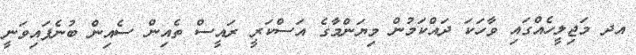
އދ މަޖިލީހެއްގައި ވާހަކަ ދައްކަމުން މިޔަންމާގެ އަސްކަރީ ރައީސް ތެއިން ސެއިން ބުނެފައިވަނީ